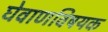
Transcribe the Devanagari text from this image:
घेवाणविषयक